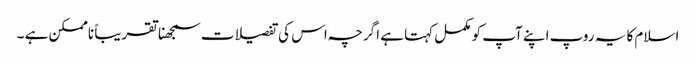
اسلام کا یہ روپ اپنے آپ کو مکمل کہتا ہے اگرچہ اس کی تفصیلات سمجھنا تقریباً ناممکن ہے ۔